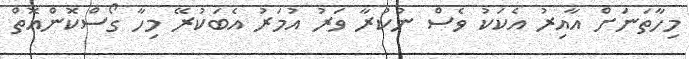
މިހާތަނަށް އާއިރު އެކަކު ވެސް ނުކުރާ ވަރު އުމަރު އެބަކުރޭ މިހާ ގޯސްކޮންއޮތް